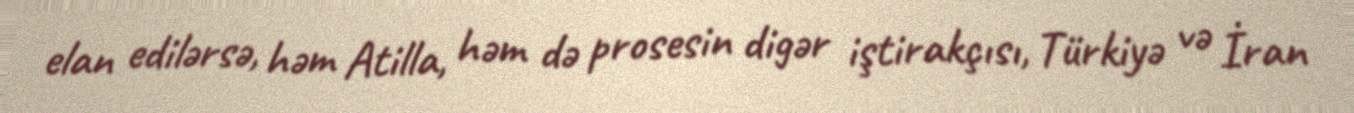
elan edilərsə, həm Atilla, həm də prosesin digər iştirakçısı, Türkiyə və İran